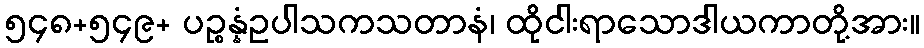
၅၄၈+၅၄၉+ ပဉ္စန္နံဥပါသကသတာနံ၊ ထိုငါးရာသောဒါယကာတို့အား။